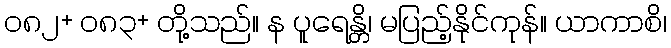
၀၈၂+ ၀၈၃+ တို့သည်။ န ပူရေန္တိ၊ မပြည့်နိုင်ကုန်။ ယာကာစိ၊